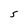
Character: 5